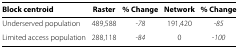
<table><thead><tr><td><b>Block centroid</b></td><td><b>Raster</b></td><td><b>% Change</b></td><td><b>Network</b></td><td><b>% Change</b></td></tr></thead><tbody><tr><td>Underserved population</td><td>489,588</td><td><i>-78</i></td><td>191,420</td><td><i>-85</i></td></tr><tr><td>Limited access population</td><td>288,118</td><td><i>-84</i></td><td>0</td><td><i>-100</i></td></tr></tbody></table>